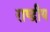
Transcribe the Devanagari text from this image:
राष्द्रीय